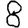
Digit: 8